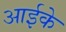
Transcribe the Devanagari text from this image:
आईके